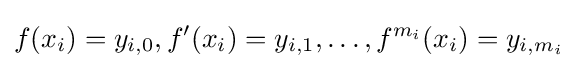
f(x_{i})=y_{i,0},f'(x_{i})=y_{i,1},\ldots ,f^{m_{i}}(x_{i})=y_{i,m_{i}}